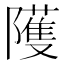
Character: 𱀻